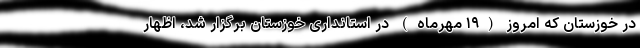
در خوزستان که امروز (۱۹ مهرماه) در استانداری خوزستان برگزار شد، اظهار